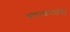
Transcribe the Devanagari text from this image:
प्रकाशवर्षाची